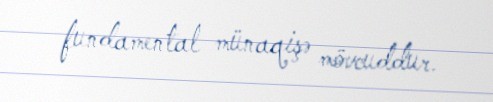
fundamental münaqişə mövcuddur.